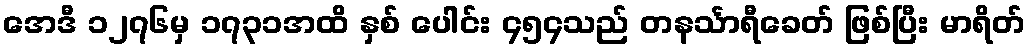
အေဒီ ၁၂၇၆မှ ၁၇၃၁အထိ နှစ် ပေါင်း ၄၅၄သည် တနင်္သာရီခေတ် ဖြစ်ပြီး မာရိတ်